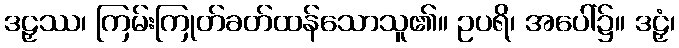
ဒဠှဿ၊ ကြမ်းကြုတ်ခတ်ထန်သောသူ၏။ ဥပရိ၊ အပေါ်၌။ ဒဠှံ၊